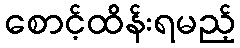
စောင့်ထိန်းရမည့်